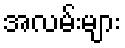
အလမ်းများ